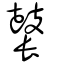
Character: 鼚